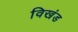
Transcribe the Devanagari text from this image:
विखंड